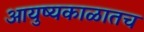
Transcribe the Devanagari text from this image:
आयुष्यकाळातच